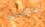
ستواجه